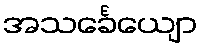
အသင်္ခေယျော